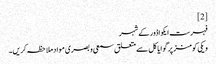
[2]
فہرست ایکواڈور کے شہر
ویکی کومنز پر گوایاکل سے متعلق سمعی و بصری مواد ملاحظہ کریں۔